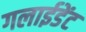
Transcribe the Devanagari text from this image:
गलाईडेंट